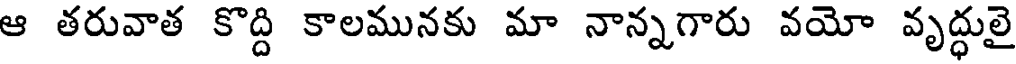
ఆ తరువాత కొద్ది కాలమునకు మా నాన్నగారు వయో వృద్ధులై